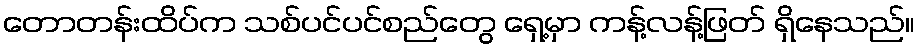
တောတန်းထိပ်က သစ်ပင်ပင်စည်တွေ ရှေ့မှာ ကန့်လန့်ဖြတ် ရှိနေသည်။